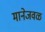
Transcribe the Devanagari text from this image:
मानेजवळ